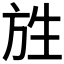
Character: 𭤯